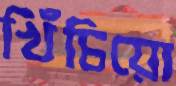
খিঁচিয়ো